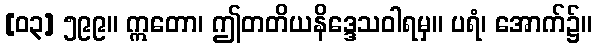
[၀၃] ၅၉၉။ ဣတော၊ ဤတတိယနိဒ္ဒေသဝါရမှ။ ပရံ၊ အောက်၌။